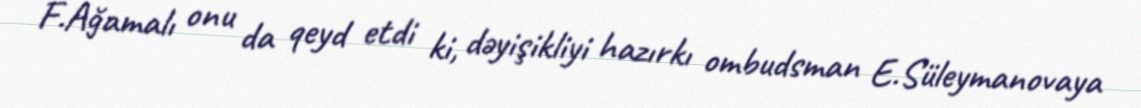
F.Ağamalı onu da qeyd etdi ki, dəyişikliyi hazırkı ombudsman E.Süleymanovaya